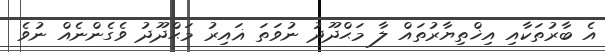
އެ ބާރުތަކާއި އިޚްތިޔާރުތައް ލާ މަޙްދޫދު ނުވަތަ ޣައިރު މަޙްދޫދު ވެގެންނެއް ނުވެ